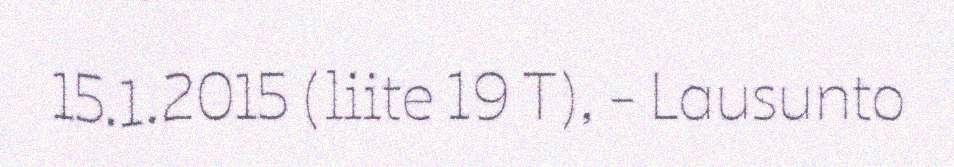
15.1.2015 (liite 19 T), - Lausunto